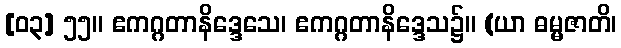
[၀၃] ၅၅။ ဧကဂ္ဂတာနိဒ္ဒေသေ၊ ဧကဂ္ဂတာနိဒ္ဒေသ၌။ (ယာ ဓမ္မဇာတိ၊